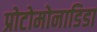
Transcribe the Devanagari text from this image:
प्रोटोमोनाडिडा